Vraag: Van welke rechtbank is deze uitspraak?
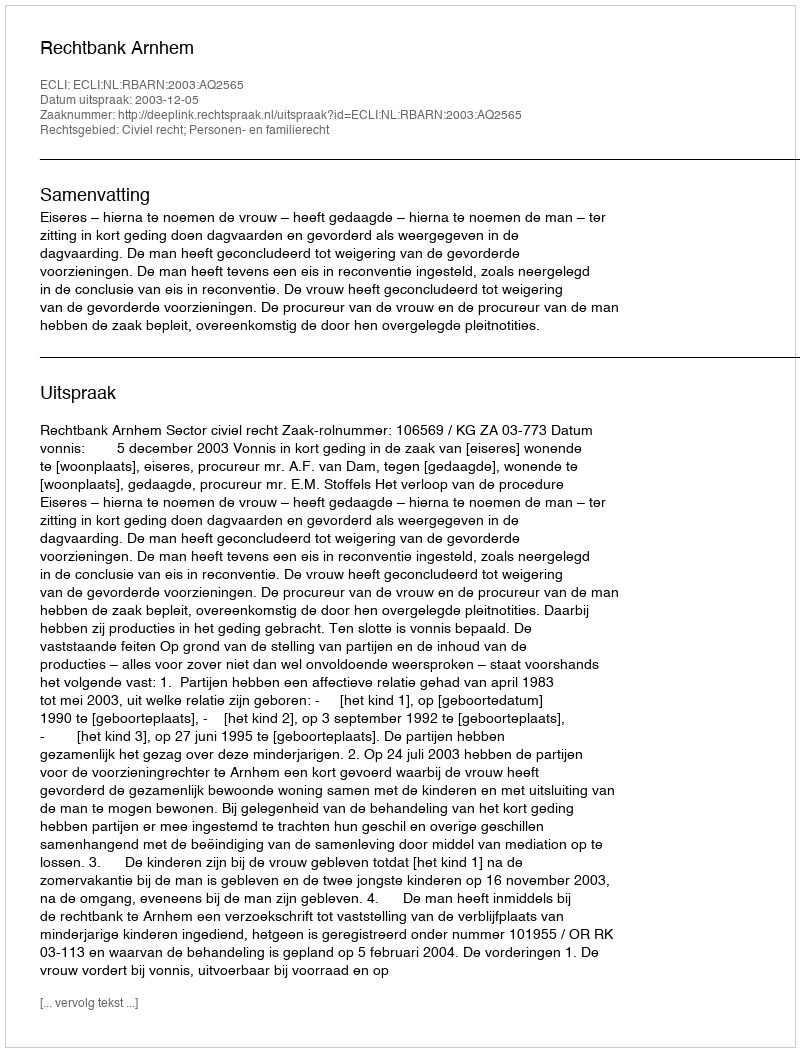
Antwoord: Rechtbank Arnhem